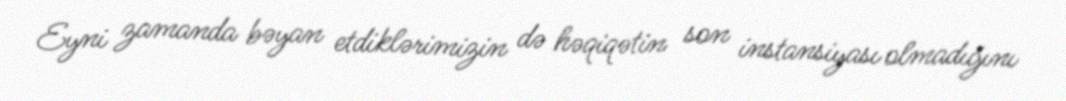
Eyni zamanda bəyan etdiklərimizin də həqiqətin son instansiyası olmadığını